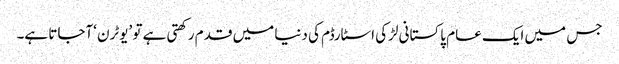
جس میں ایک عام پاکستانی لڑکی اسٹارڈم کی دنیا میں قدم رکھتی ہے تو ’یوٹرن ‘آجاتا ہے۔